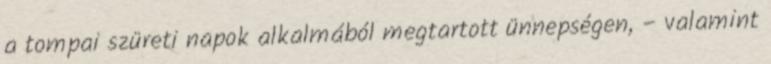
a tompai szüreti napok alkalmából megtartott ünnepségen, – valamint